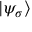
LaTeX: | \psi _ { \sigma } \rangle